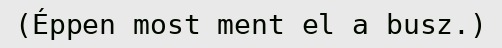
(Éppen most ment el a busz.)